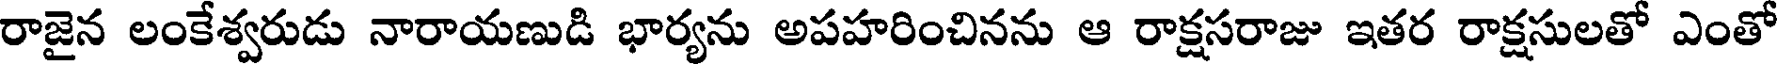
రాజైన లంకేశ్వరుడు నారాయణుడి భార్యను అపహరించినను ఆ రాక్షసరాజు ఇతర రాక్షసులతో ఎంతో